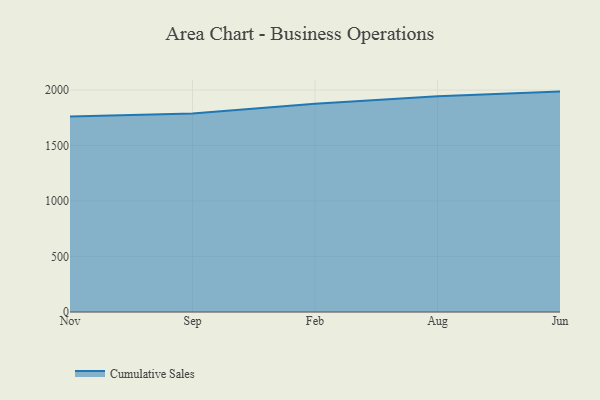
{"axis": {"x": "Month", "y": "Revenue (USD Million)"}, "legend": ["Cumulative Sales"], "data": [{"x": "Nov", "y": 1761.4, "type": "Cumulative Sales"}, {"x": "Sep", "y": 1788.7, "type": "Cumulative Sales"}, {"x": "Feb", "y": 1876.9, "type": "Cumulative Sales"}, {"x": "Aug", "y": 1944.4, "type": "Cumulative Sales"}, {"x": "Jun", "y": 1985.7, "type": "Cumulative Sales"}]}